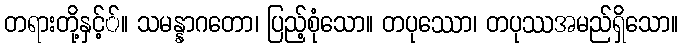
တရားတို့နှင့််။ သမန္နာဂတော၊ ပြည့်စုံသော။ တပုဿော၊ တပုဿအမည်ရှိသော။